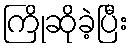
ကြိုဆိုခဲ့ပြီး